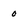
Character: 0